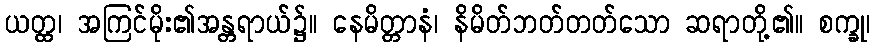
ယတ္ထ၊ အကြင်မိုး၏အန္တရာယ်၌။ နေမိတ္တာနံ၊ နိမိတ်ဘတ်တတ်သော ဆရာတို့၏။ စက္ခု၊